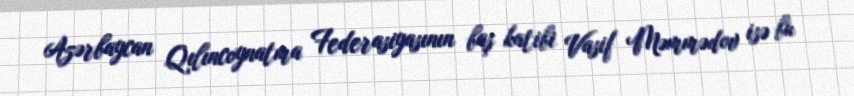
Azərbaycan Qılıncoynatma Federasiyasının baş katibi Vasif Məmmədov isə bu